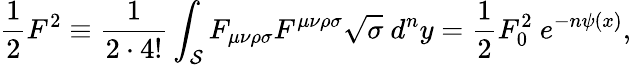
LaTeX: {\frac{1}{2}}F^{2}\equiv{\frac{1}{2\cdot 4!}}\int_{{\cal S}}F_{\mu\nu\rho\sigma}F^{\mu\nu\rho\sigma}\sqrt{\sigma}\ d^{n}y={\frac{1}{2}}F_{0}^{2}\ e^{-n\psi(x)},